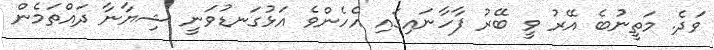
ވަދެ. މަތީނުބެ އޭރު ވީ ބޭރު ފާހާނައިގައި އެހެންވެ އަޅުގަނޑުވަނީ ޝިޔާނާ ދައްތަމެން